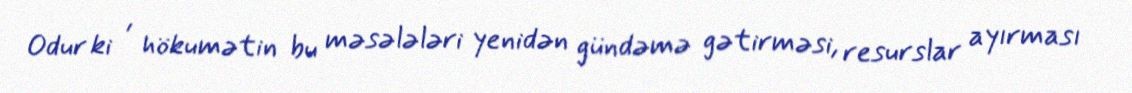
Odur ki , hökumətin bu məsələləri yenidən gündəmə gətirməsi, resurslar ayırması